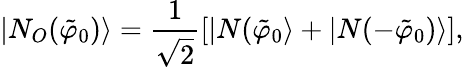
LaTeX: |N_{O}(\tilde{\varphi}_{0})\rangle=\frac{1}{\sqrt{2}}[|N(\tilde{\varphi}_{0}\rangle+|N(-\tilde{\varphi}_{0})\rangle],